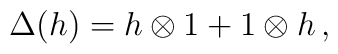
\Delta(h)=h\otimes 1+1\otimes h\,,